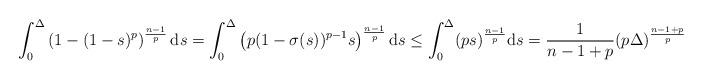
LaTeX: \begin{align*}\int_0^{\Delta} \left(1-(1-s)^p\right)^{\frac{n-1}{p}}\mathrm{d}s=\int_0^{\Delta} \left(p(1-\sigma(s))^{p-1}s\right)^{\frac{n-1}{p}}\mathrm{d}s\leq \int_0^{\Delta}(ps)^{\frac{n-1}{p}}\mathrm{d}s= \frac{1}{n-1+p}(p\Delta)^{\frac{n-1+p}{p}}\end{align*}